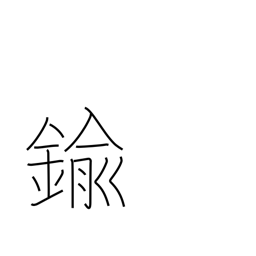
Meaning: brass